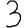
Digit: 3